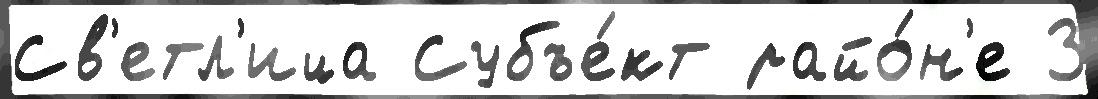
Св'етл'ица Субъе́кт райо́н'е 3